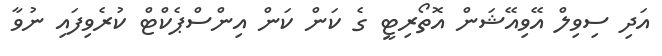
އަދި ސިވިލް އޭވިއޭޝަން އޮތޯރިޓީ ގެ ކަން ކަން އިންސްޕެކްޓް ކުރެވިފައި ނުވާ